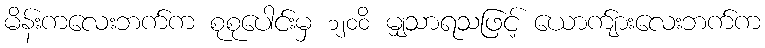
မိန်းကလေးဘက်က စုစုပေါင်းမှ ၁၂၀၀ိ မျှသာရသဖြင့် ယောက်ျားလေးဘက်က